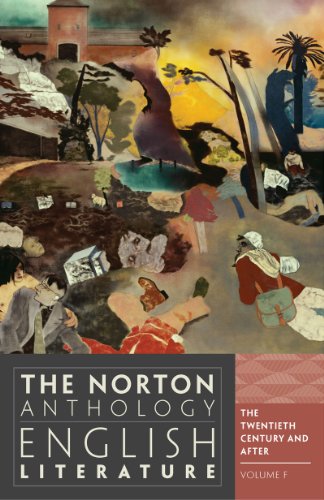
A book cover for The Norton Anthology of English Literature (Ninth Edition)  (Vol. F); M. H. Abrams; Literature & Fiction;